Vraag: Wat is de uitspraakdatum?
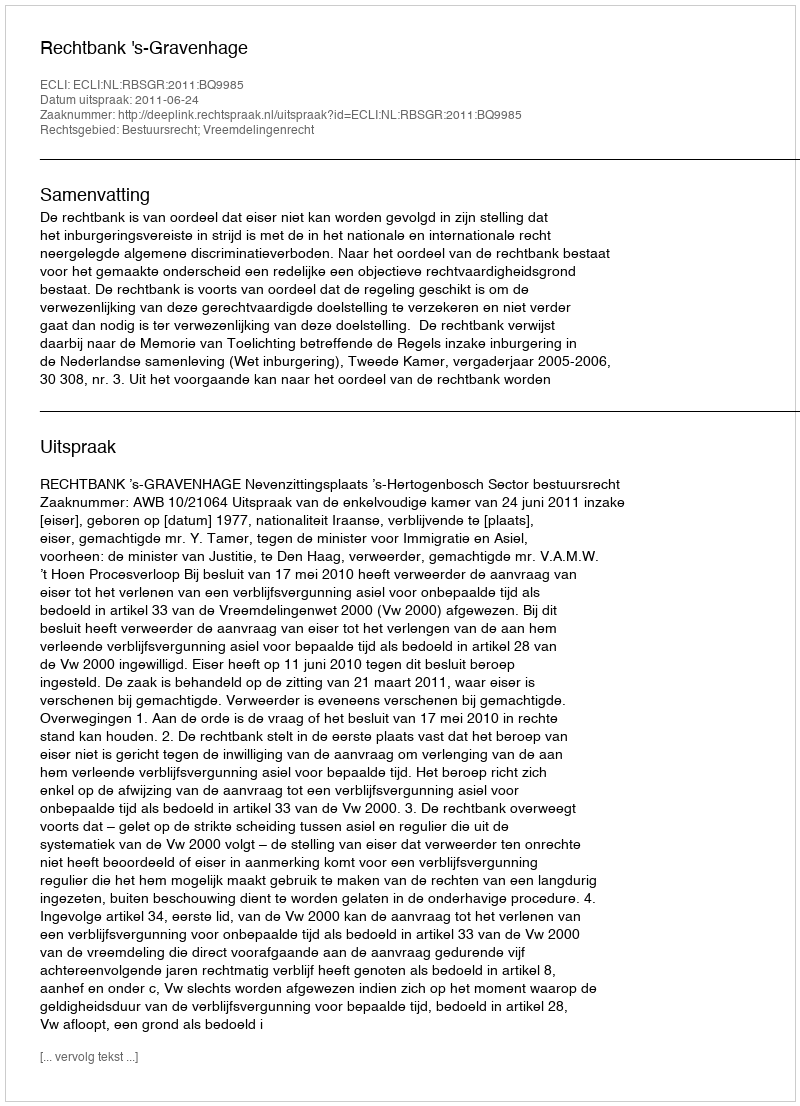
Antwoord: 2011-06-24